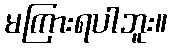
မကြားရပါဘူး။